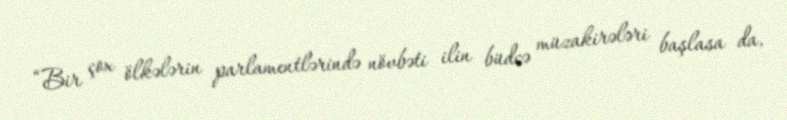
“Bir çox ölkələrin parlamentlərində növbəti ilin büdcə müzakirələri başlasa da,